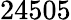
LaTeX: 24505